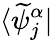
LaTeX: \langle\widetilde{\psi}_{j}^{\alpha}|